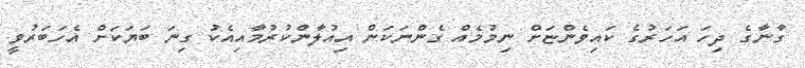
ގާނާގެ ދިހަ އަހަރުގެ ކައިވެންޏަށް ނިމުމެއް ގެންނަކަން އިއުލާންކުރުމާއިއެކު ގިނަ ބަޔަކަށް އެހަބަރުވީ